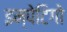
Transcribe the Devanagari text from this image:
इम्पेटिगो